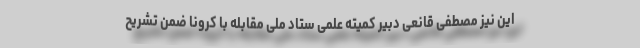
این نیز مصطفی قانعی دبیر کمیته علمی ستاد ملی مقابله با کرونا ضمن تشریح